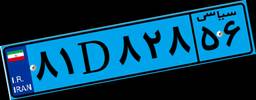
۸۱D۸۲۸۵۶